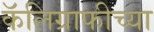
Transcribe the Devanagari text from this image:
कॅलिग्राफीच्या